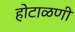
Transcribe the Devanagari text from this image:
होटाळणी